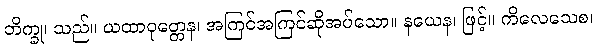
ဘိက္ခု၊ သည်။ ယထာဝုတ္တေန၊ အကြင်အကြင်ဆိုအပ်သော။ နယေန၊ ဖြင့်။ ကိလေသေစ၊